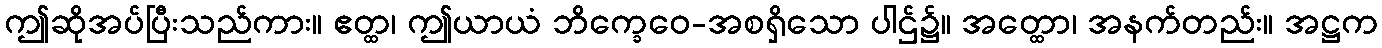
ဤဆိုအပ်ပြီးသည်ကား။ ဧတ္ထ၊ ဤယာယံ ဘိက္ခေဝေ-အစရှိသော ပါဌ်၌။ အတ္ထော၊ အနက်တည်း။ အဋ္ဌက